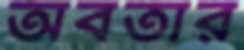
অবতার